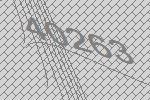
40263